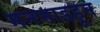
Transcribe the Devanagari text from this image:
मनमाडहून